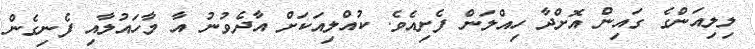
ލިލިއަންގެ ގައިން އޮށްދާ ހިއްލަން ފެށިއެވެ. ކުއްލިއަކަށް އާދެވުނު އާ މާހައުލާއި ފެނިގެން